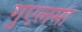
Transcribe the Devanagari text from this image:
गुएलमा